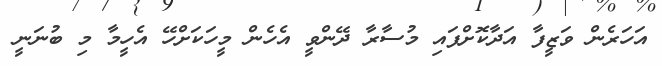
އަހަރެން ވަޒީފާ އަދާކޮށްފައި މުސާރާ ދޭންވީ އެހެން މީހަކަށްހޭ އެހީމާ މި ބުނަނީ